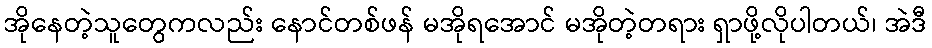
အိုနေတဲ့သူတွေကလည်း နောင်တစ်ဖန် မအိုရအောင် မအိုတဲ့တရား ရှာဖို့လိုပါတယ်၊ အဲဒီ